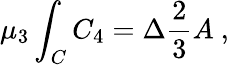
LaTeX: \mu_{3}\int_{C}C_{4}=\Delta\frac{2}{3}A\ ,